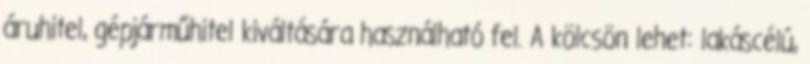
áruhitel, gépjárműhitel kiváltására használható fel. A kölcsön lehet: lakáscélú,